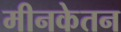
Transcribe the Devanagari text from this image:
मीनकेतन